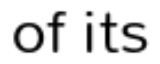
of its